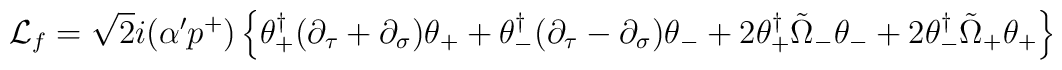
{\cal L}_{f}=\sqrt{2}i(\alpha' p^{+})\left\{\theta_{+}^{\dagger}(\partial_{\tau}+\partial_{\sigma})\theta_{+}+\theta_{-}^{\dagger}(\partial_{\tau}-\partial_{\sigma})\theta_{-}+2\theta_{+}^{\dagger}\tilde{\Omega}_{-}\theta_{-}+2\theta_{-}^{\dagger}\tilde{\Omega}_{+}\theta_{+}\right\}